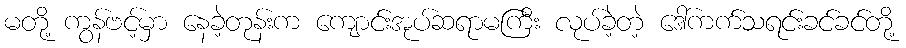
မတို့ ကွန်ဗင့်မှာ နေခဲ့တုန်းက ကျောင်းအုပ်ဆရာမကြီး လုပ်ခဲ့တဲ့ ဒေါ်ကက်သရင်းခင်ခင်တို့